Annual administration report of the Civil Veterinary Department, Ajmere-Merwara, British Rajputana - 1914-1940
Year: 1914
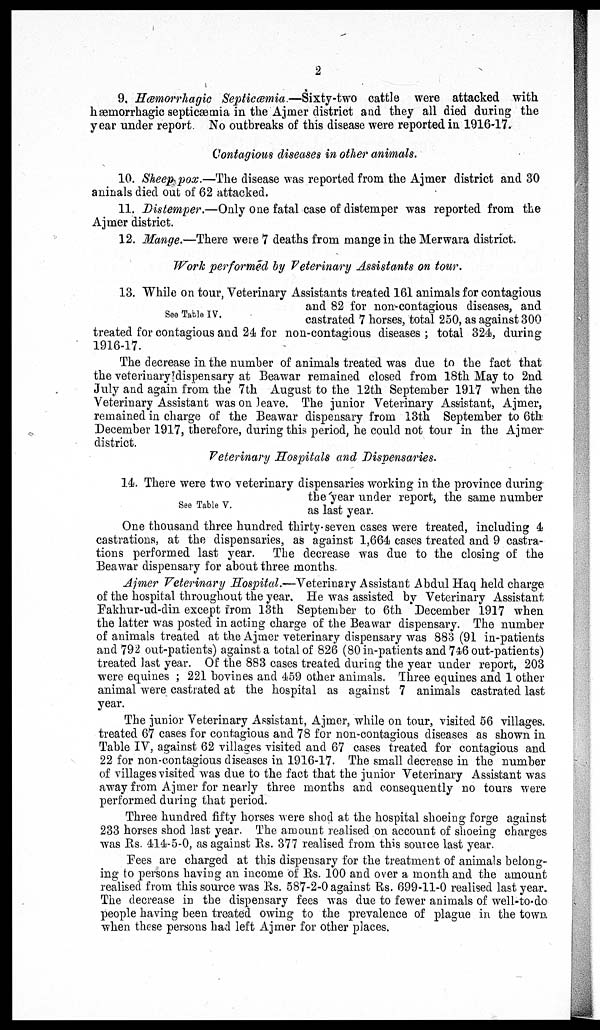
2
9. Hæmorrhagic Septicæmia—Sixty-two
cattle were attacked with
hæmorrhagic septicæmia in the Ajmer district and they all died during the
year under report. No outbreaks of this disease were reported in 1916-17.
Contagious diseases in other animals.
10. Sheep pox.—The disease was reported from the Ajmer district and 30
animals died out of 62 attacked.
11. Distemper.—Only one fatal case of distemper was reported from the
Ajmer district.
12. Mange.—There were 7 deaths from mange in the Merwara district.
Work performed by Veterinary Assistants on tour.
See Table IV.
13. While on tour, Veterinary Assistants treated 161 animals for contagious
and 82 for non-contagious diseases, and
castrated 7 horses, total 250, as against 300
treated for contagious and 24 for non-contagious diseases; total 324, during
1916-17.
The decrease in the number of animals treated was due to the fact that
the veterinary dispensary at Beawar remained closed from 18th May to 2nd
July and again from the 7th August to the 12th September 1917 when the
Veterinary Assistant was on leave. The junior Veterinary Assistant, Ajmer,
remained in charge of the Beawar dispensary from 13th September to 6th
December 1917, therefore, during this period, he could not tour in the Ajmer
district.
Veterinary Hospitals and Dispensaries.
See Table V.
14. There were two veterinary dispensaries working in the province during
the year under report, the same number
as last year.
One thousand three hundred thirty-seven cases were treated, including 4
castrations, at the dispensaries, as against 1,664 cases treated and 9 castra-
tions performed last year. The decrease was due to the closing of the
Beawar dispensary for about three months.
Ajmer Veterinary Hospital.—Veterinary Assistant Abdul Haq held charge
of the hospital throughout the year. He was assisted by Veterinary Assistant
Fakhur-ud-din except from 13th September to 6th December 1917 when
the latter was posted in acting charge of the Beawar dispensary. The number
of animals treated at the Ajmer veterinary dispensary was 883 (91 in-patients
and 792 out-patients) against a total of 826 (80 in-patients and 746 out-patients)
treated last year. Of the 883 cases treated during the year under report, 203
were equines; 221 bovines and 459 other animals. Three equines and 1 other
animal were castrated at the hospital as against 7 animals castrated last
year.
The junior Veterinary Assistant, Ajmer, while on tour, visited 56 villages,
treated 67 cases for contagious and 78 for non-contagious diseases as shown in
Table IV, against 62 villages visited and 67 cases treated for contagious and
22 for non-contagious diseases in 1916-17. The small decrease in the number
of villages visited was due to the fact that the junior Veterinary Assistant was
away from Ajmer for nearly three months and consequently no tours were
performed during that period.
Three hundred fifty horses were shod at the hospital shoeing forge against
233 horses shod last year. The amount realised on account of shoeing charges
was Rs. 414-5-0, as against Rs. 377 realised from this source last year.
Fees are charged at this dispensary for the treatment of animals belong-
ing to persons having an income of Rs. 100 and over a month and the amount
realised from this source was Rs. 587-2-0 against Rs. 699-11-0 realised last year.
The decrease in the dispensary fees was due to fewer animals of well-to-do
people having been treated owing to the prevalence of plague in the town
when these persons had left Ajmer for other places.